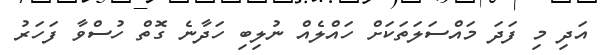
އަދި މި ފަދަ މައްސަލަތަކަށް ހައްލެއް ނުލިބި ހަދާނެ ގޮތް ހުސްވާ ފަހަރު